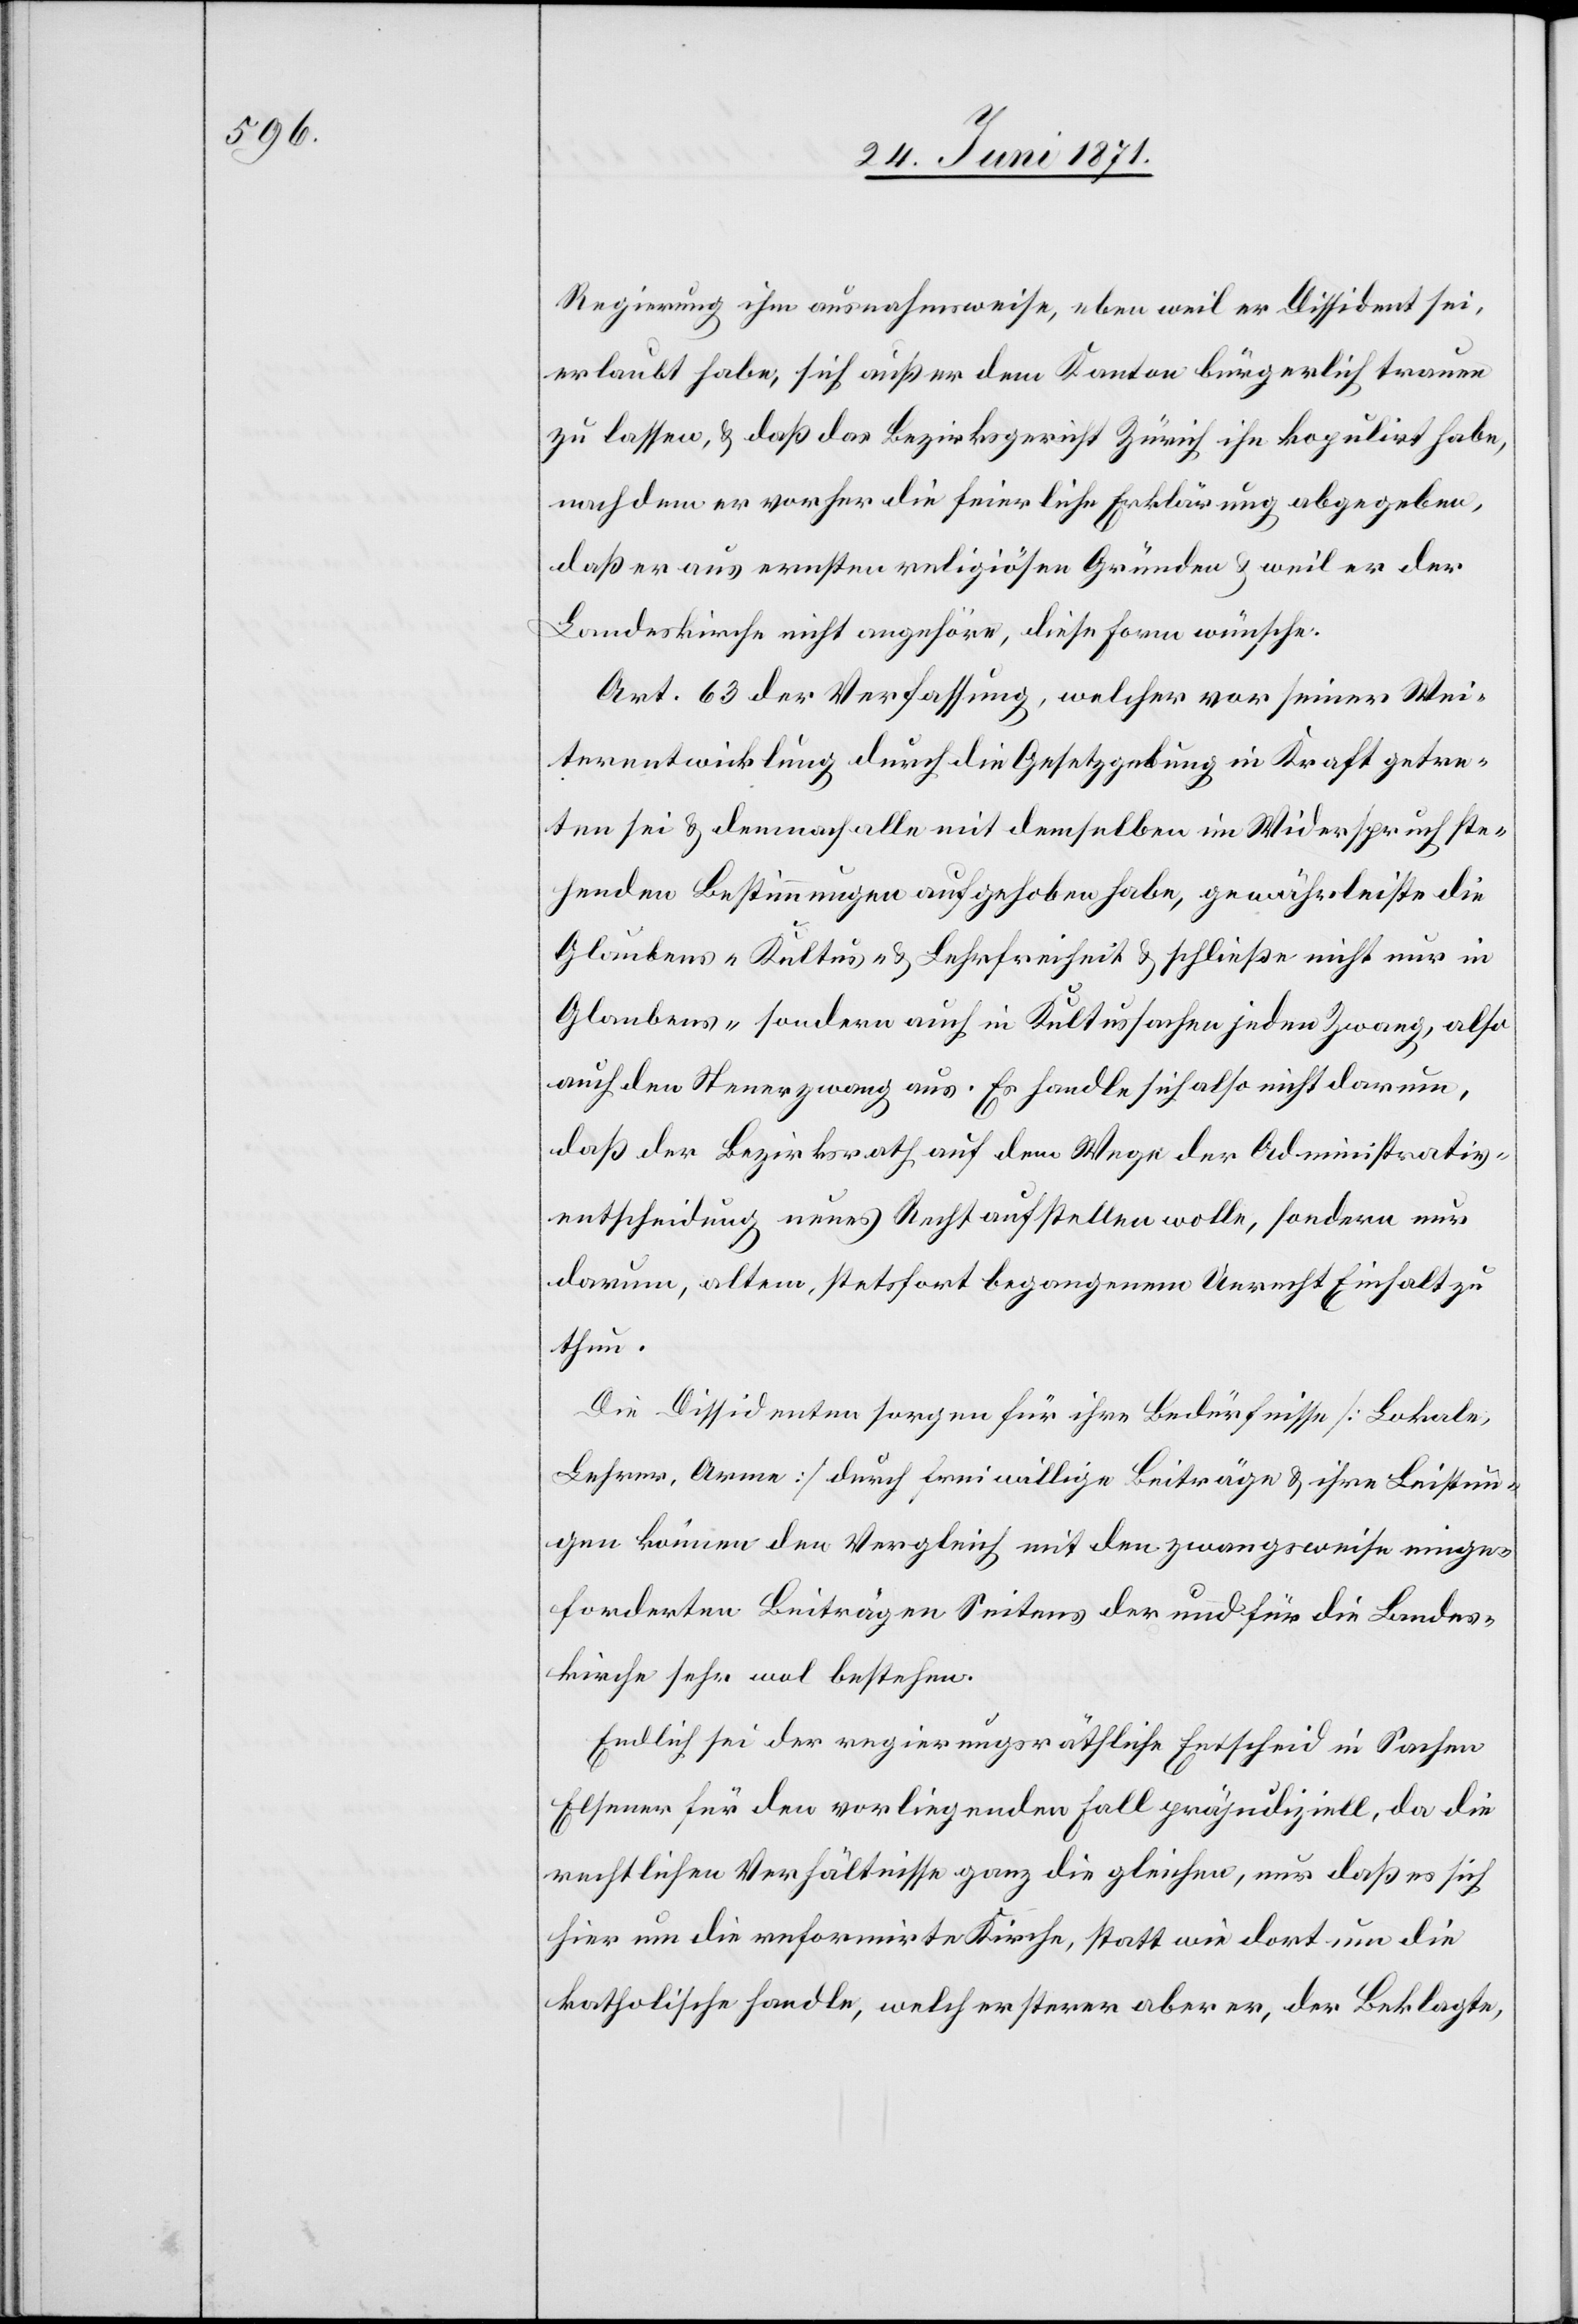
Regierung ihm ausnahmsweise, eben weil er Dissident sei,
erlaubt habe, sich außer dem Kanton bürgerlich trauen
zu lassen, u. daß das Bezirksgericht Zürich ihn kopulirt habe,
nach dem er vorher die feierliche Erklärung abgegeben,
daß er aus ernsten religiösen Gründen u. weil er der
Landeskirche nicht angehöre, diese Form wünsche.
Art. 63 der Verfassung, welcher vor seiner Wei¬
terentwicklung durch die Gesetzgebung in Kraft getre¬
ten sei u. demnach alle mit demselben in Widerspruch ste¬
henden Bestimmungen aufgehoben habe, gewährleiste die
Glaubens- „Kultus“ u. Lehrfreiheit u. schließe nicht nur in
Glaubens- sondern auch in Kultussachen jeden Zwang, also
auch den Steuerzwang aus. Es handle sich also nicht darum,
daß der Bezirksrath auf dem Wege der Administrativ¬
entscheidung neues Recht anstellen wolle, sondern nur
darum, altem, stetsfort begangenem Unrecht Einhalt zu
thun.
Die Dissidenten sorgen für ihre Bedürfnisse [Lokale,
Lehrer, Arme] durch freiwillige Beiträge u. ihre Leistun¬
gen können den Vergleich mit den zwangsweise einge¬
forderten Beiträgen Seitens der und für die Landes¬
kirche sehr wol bestehen.
Endlich sei der regierungsräthliche Entscheid in Sachen
Elsener für den vorliegenden Fall präjudiziell, da die
rechtlichen Verhältnisse ganz die gleichen, nur daß es sich
hier um die reformirte Kirche, statt wie dort um die
katholische handle, welch ersterer aber er, der Beklagte,